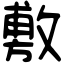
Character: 敷